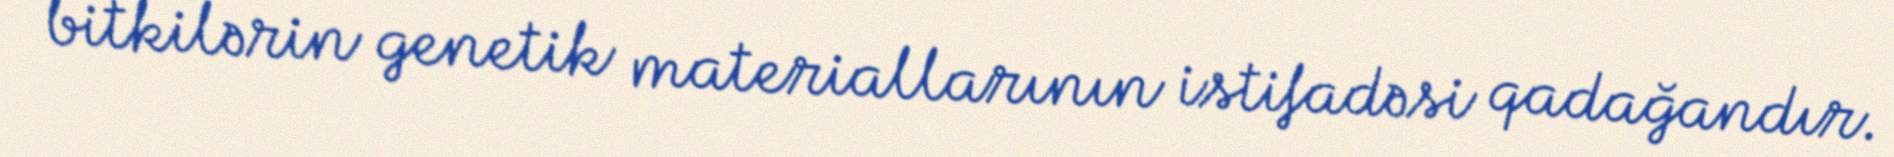
bitkilərin genetik materiallarının istifadəsi qadağandır.